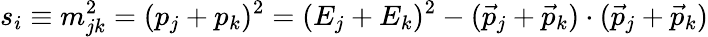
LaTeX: s_{i}\equiv m_{jk}^{2}=(p_{j}+p_{k})^{2}=(E_{j}+E_{k})^{2}-({\vec{p}}_{j}+{\vec{p}}_{k})\cdot({\vec{p}}_{j}+{\vec{p}}_{k})